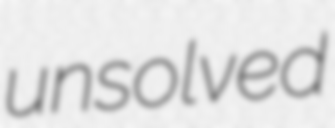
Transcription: unsolved